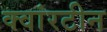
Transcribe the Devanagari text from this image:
क्वांरटीन